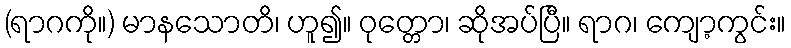
(ရာဂကို။) မာနသောတိ၊ ဟူ၍။ ဝုတ္တော၊ ဆိုအပ်ပြီ။ ရာဂ၊ ကျော့ကွင်း။